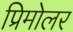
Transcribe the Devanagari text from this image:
प्रिमोलर